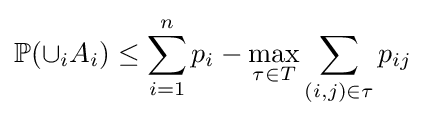
\mathbb {P} (\displaystyle {\cup }_{i}A_{i})\leq \displaystyle \sum _{i=1}^{n}p_{i}-{\underset {\tau \in T}{\max }}\sum _{(i,j)\in \tau }p_{ij}